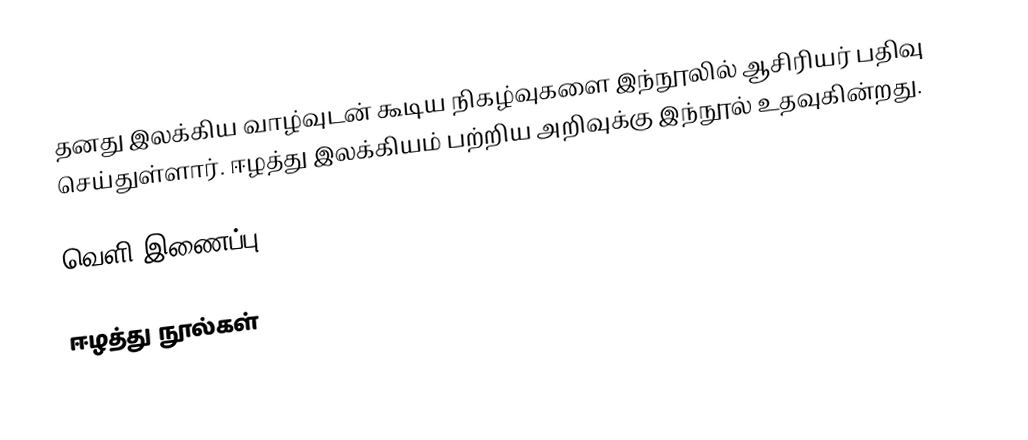
தனது இலக்கிய வாழ்வுடன் கூடிய நிகழ்வுகளை இந்நூலில் ஆசிரியர் பதிவு செய்துள்ளார். ஈழத்து இலக்கியம் பற்றிய அறிவுக்கு இந்நூல் உதவுகின்றது.

வெளி இணைப்பு

ஈழத்து நூல்கள்